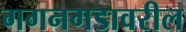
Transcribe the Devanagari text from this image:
गगनगडावरील